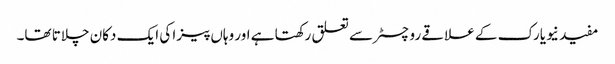
مفید نیویارک کے علاقے روچسٹر سے تعلق رکھتا ہے اور وہاں پیزا کی ایک دکان چلاتا تھا۔